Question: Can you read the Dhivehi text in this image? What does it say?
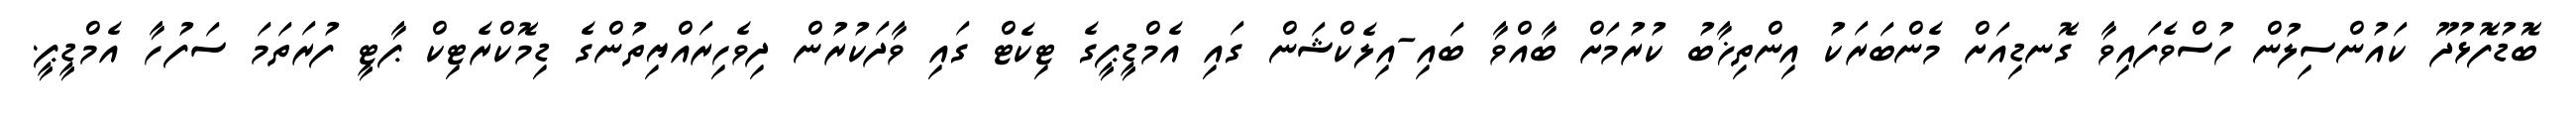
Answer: ބޮޑުފޮޅުދޫ ކައުންސިލުން ހުސްވެފައިވާ ގޮނޑިއަށް މެންބަރަކު އިންތިޚާބު ކުރުމަށް ބާއްވާ ބައި-އިލެކްޝަން ގައި އެމްޑީޕީގެ ޓިކެޓް ގައި ވާދަކުރުން ދިވެހިރައްޔިތުންގެ ޑިމޮކްރެޓިކް ޕާޓީ ފުރަތަމަ ސަފުހާ އެމްޑީޕީ.